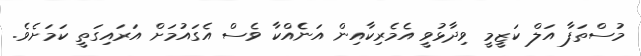
މުސްތަފާ އަލް ކަޒީމީ ވިދާޅުވީ އެެމެރިކާއިން އަނެެއްކާ ވެސް އެގައުމަށް އަރައިގަތީ ކަމަށެވެ.